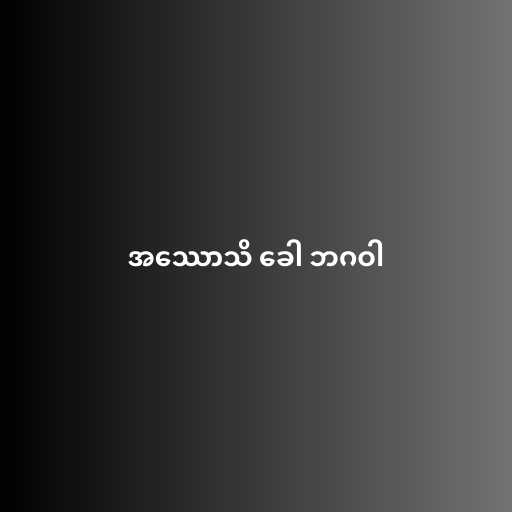
အဿောသိ ခေါ ဘဂဝါ